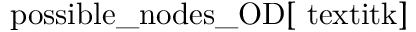
\mathrm { p o s s i b l e \_ n o d e s \_ O D [ \ t e x t i t { k } ] }